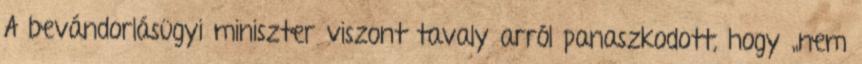
A bevándorlásügyi miniszter viszont tavaly arról panaszkodott, hogy „nem